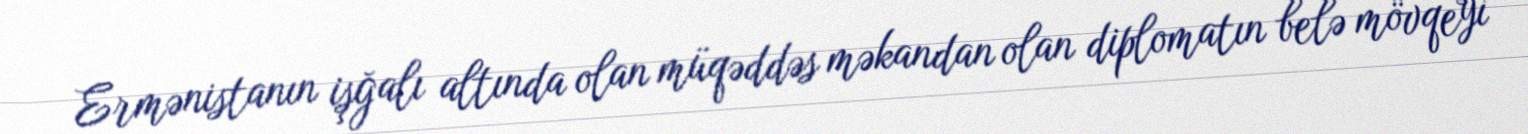
Ermənistanın işğalı altında olan müqəddəs məkandan olan diplomatın belə mövqeyi